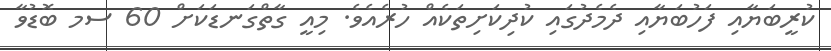
ކުރީބަޔާއި ފަހުބަޔާއި ދެމެދުގައި ކުދިކަށިތަކެއް ހުރެއެވެ. މިއީ ގާތްގަނޑަކަށް 60 ސމ ބޮޑުވާ